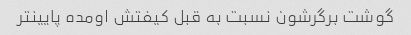
گوشت برگرشون نسبت به قبل کیفتش اومده پایینتر